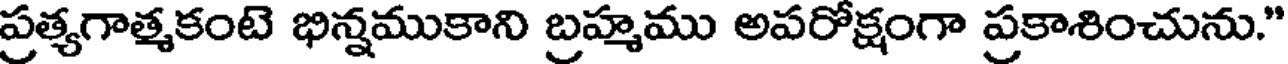
ప్రత్యగాత్మకంటె భిన్నముకాని బ్రహ్మము అపరోక్షంగా ప్రకాశించును."